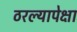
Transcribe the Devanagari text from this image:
ठरल्यापेक्षा